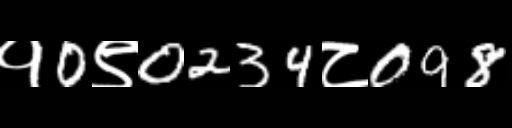
Text: १0९0234८098